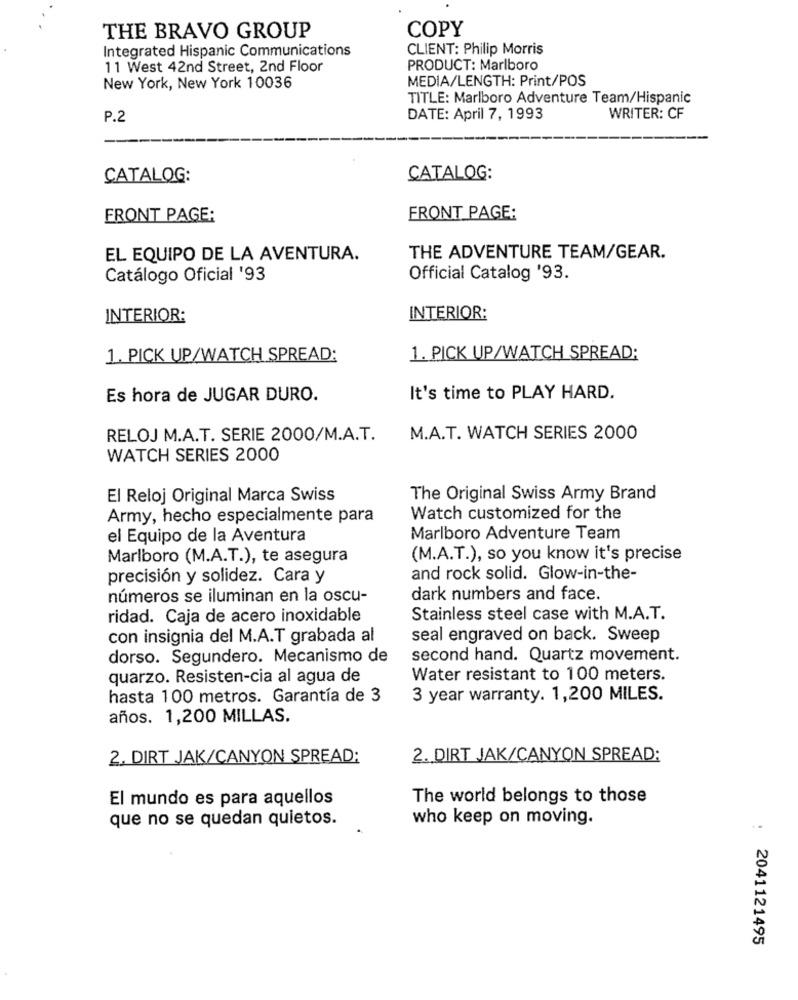
COPY
THE BRAVO GROUP
Integrated Hispanic Communications
CLIENT: Philip Morris
11 West 42nd Street, 2nd Floor
PRODUCT: Marlboro
MEDIA/LENGTH: Print/POS
New York, New York 10036
TITLE: Marlboro Adventure Team/Hispanic
P.2
DATE: April 7, 1993
WRITER: CF
CATALOG:
CATALOG:
FRONT PAGE:
FRONT PAGE:
EL EQUIPO DE LA AVENTURA.
THE ADVENTURE TEAM/GEAR.
Catálogo Oficial '93
Official Catalog '93.
INTERIOR:
INTERIOR:
1. PICK UP/WATCH SPREAD:
1. PICK UP/WATCH SPREAD;
Es hora de JUGAR DURO.
It's time to PLAY HARD.
RELOJ M.A.T. SERIE 2000/M.A.T.
M.A.T. WATCH SERIES 2000
WATCH SERIES 2000
El Reloj Original Marca Swiss
The Original Swiss Army Brand
Army, hecho especialmente para
Watch customized for the
el Equipo de la Aventura
Marlboro Adventure Team
Marlboro (M.A.T.), te asegura
(M.A.T.), so you know it's precise
precisión y solidez. Cara y
and rock solid. Glow-in-the-
números se iluminan en la oscu-
dark numbers and face.
ridad. Caja de acero inoxidable
Stainless steel case with M.A.T.
con insignia del M.A.T grabada al
seal engraved on back. Sweep
dorso. Segundero. Mecanismo de
second hand. Quartz movement.
quarzo. Resisten-cia al agua de
Water resistant to 100 meters.
hasta 100 metros. Garantía de 3
3 year warranty. 1,200 MILES.
años. 1,200 MILLAS.
2. DIRT JAK/CANYON SPREAD:
2. DIRT JAK/CANYON SPREAD:
El mundo es para aquellos
The world belongs to those
que no se quedan quietos.
who keep on moving.
2041121495